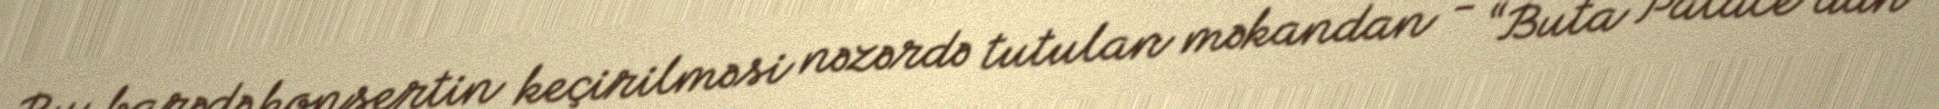
Bu barədə konsertin keçirilməsi nəzərdə tutulan məkandan - “Buta Palace”dan